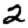
Digit: 2